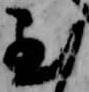
至